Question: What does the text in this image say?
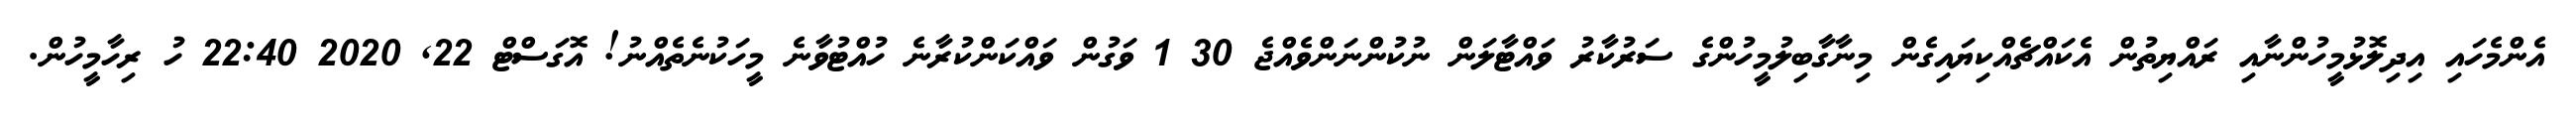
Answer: އެންމެހައި އިދިލޮޅުމީހުންނާއި ރައްޔިތުން އެކައްޗެއްކިޔައިގެން މިނާގާބިލުމީހުންގެ ސަރުކާރު ވައްޓާލަން ނުކުންނަންވެއްޖެ 30 1 ވަގުން ވައްކަންކުރާނެ ހުއްޓުވާނެ މީހަކުނެތެއްނު! އޮގަސްޓް 22, 2020 22:40 ހު ރިހާމީހުން.